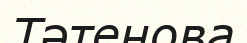
Тәтенова